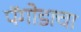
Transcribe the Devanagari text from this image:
पॅगोडाचा